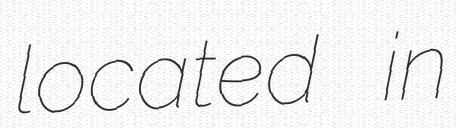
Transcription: located in